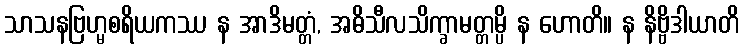
သာသနဗြဟ္မစရိယကဿ န အာဒိမတ္တံ, အဓိသီလသိက္ခာမတ္တမ္ပိ န ဟောတိ။ န နိဗ္ဗိဒါယာတိ